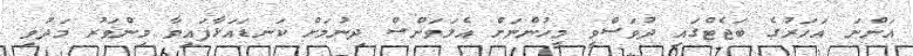
އަންނަ އަހަރުގެ ބަޖެޓްގައި ދުވަސްވީ މީހުންނަށް އެލަވަންސް ދިނުމަށް ކަނޑައަޅާފައިވާ މިންވަރު މަދުވި